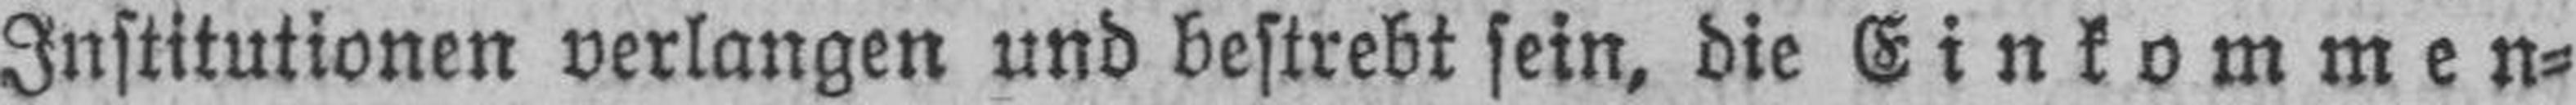
Institutionen verlangen und bestrebt sein, die Einkommen¬